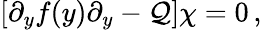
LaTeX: \left[\partial_{y}f(y)\partial_{y}-{\cal Q}\right]\chi=0\, ,